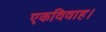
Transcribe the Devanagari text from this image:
एकविवाह।